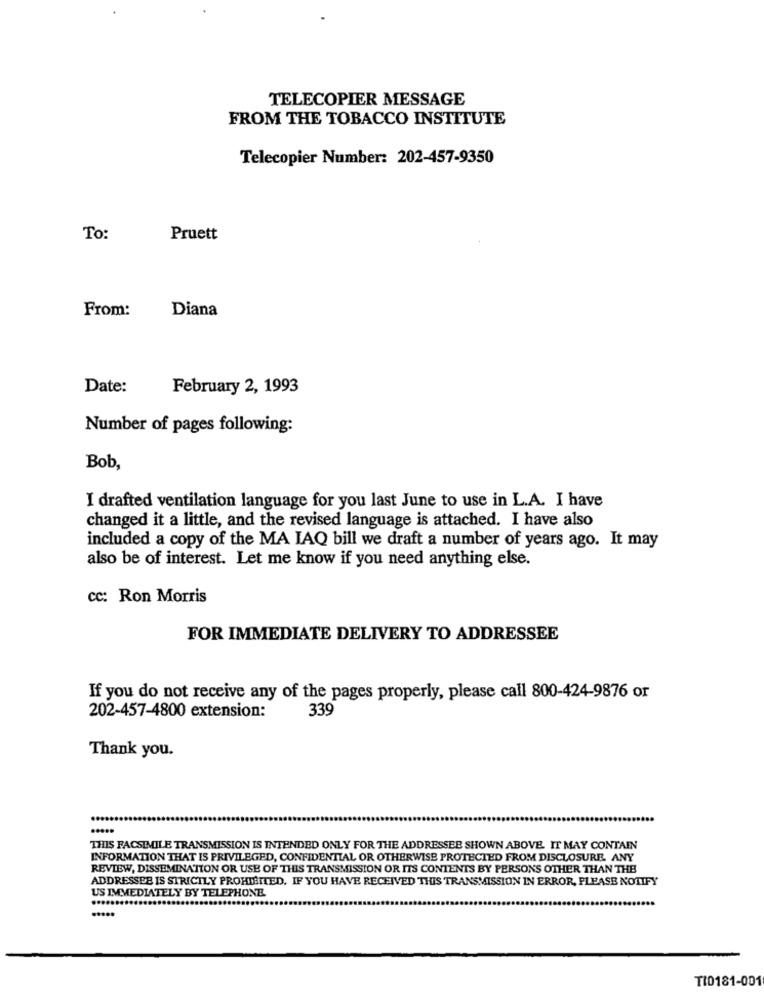
TELECOPIER MESSAGE
FROM THE TOBACCO INSTITUTE
Telecopier Number: 202-457-9350
To:
Pruett
From:
Diana
Date:
February 2, 1993
Number of pages following:
Bob,
I drafted ventilation language for you last June to use in L.A. I have
changed it a little, and the revised language is attached. I have also
included a copy of the MA IAQ bill we draft a number of years ago. It may
also be of interest. Let me know if you need anything else.
cc: Ron Morris
FOR IMMEDIATE DELIVERY TO ADDRESSEE
If you do not receive any of the pages properly, please call 800-424-9876 or
339
202-457-4800 extension:
Thank you.
THIS FACSIMILE TRANSMISSION IS INTENDED ONLY FOR THE ADDRESSEE SHOWN ABOVE. IT MAY CONTAIN
INFORMATION THAT IS PRIVILEGED, CONFIDENTIAL OR OTHERWISE PROTECTED FROM DISCLOSURE. ANY
REVIEW, DISSEMINATION OR USE OF THIS TRANSMISSION OR ITS CONTENTS BY PERSONS OTHER THAN THE
ADDRESSES IS STRICTLY PROHIBITED. IF YOU HAVE RECEIVED THIS TRANSMISSION IN ERROR, PLEASE NOTIFY
US IMMEDIATELY BY TELEPHONE
........
TI0181-001